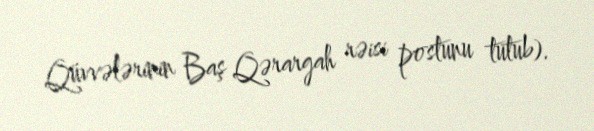
Qüvvələrinin Baş Qərargah rəisi postunu tutub).